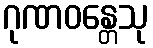
ဂုဏဝန္တေသု